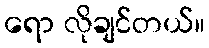
ရော လိုချင်တယ်။